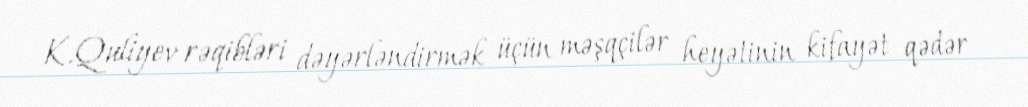
K.Quliyev rəqibləri dəyərləndirmək üçün məşqçilər heyətinin kifayət qədər